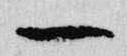
一